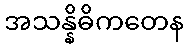
အသန္နိဓိကတေန